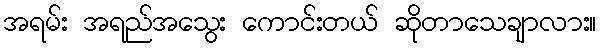
အရမ်း အရည်အသွေး ကောင်းတယ် ဆိုတာသေချာလား။